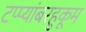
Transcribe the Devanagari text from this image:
टप्प्यांबरहुकूम